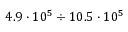
4 . 9 \cdot 1 0 ^ { 5 } \div 1 0 . 5 \cdot 1 0 ^ { 5 }